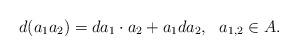
LaTeX: \begin{align*}d(a_{1}a_{2})=da_{1}\cdot a_{2}+a_{1}da_{2},~~a_{1,2} \in A.\end{align*}